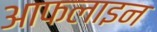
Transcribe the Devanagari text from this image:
आफलाइन